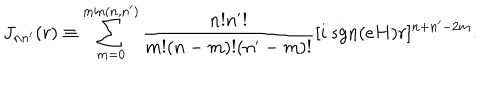
J _ { n n ^ { \prime } } ( r ) \equiv \sum _ { m = 0 } ^ { \mathrm { m i n } ( n , n ^ { \prime } ) } \frac { n ! n ^ { \prime } ! } { m ! ( n - m ) ! ( n ^ { \prime } - m ) ! } [ i ~ \mathrm { s g n } ( e H ) r ] ^ { n + n ^ { \prime } - 2 m } .